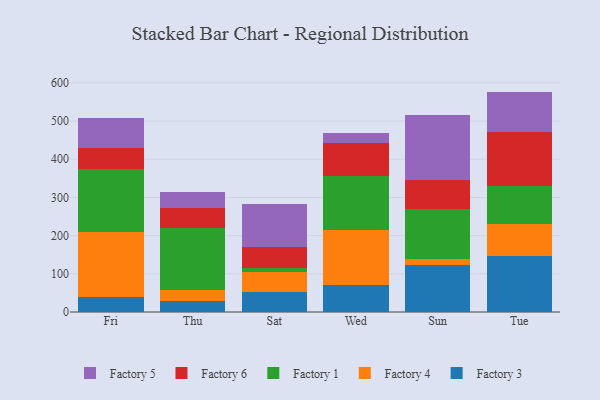
{"axis": {"x": "Day", "y": "Gross Profit (USD K)"}, "legend": ["Factory 1", "Factory 3", "Factory 4", "Factory 5", "Factory 6"], "data": [{"x": "Fri", "y": 40.2, "type": "Factory 3"}, {"x": "Fri", "y": 169.2, "type": "Factory 4"}, {"x": "Fri", "y": 166.1, "type": "Factory 1"}, {"x": "Fri", "y": 52.7, "type": "Factory 6"}, {"x": "Fri", "y": 80.2, "type": "Factory 5"}, {"x": "Thu", "y": 27.9, "type": "Factory 3"}, {"x": "Thu", "y": 29.3, "type": "Factory 4"}, {"x": "Thu", "y": 162.8, "type": "Factory 1"}, {"x": "Thu", "y": 53.5, "type": "Factory 6"}, {"x": "Thu", "y": 39.7, "type": "Factory 5"}, {"x": "Sat", "y": 52.2, "type": "Factory 3"}, {"x": "Sat", "y": 53.4, "type": "Factory 4"}, {"x": "Sat", "y": 8.6, "type": "Factory 1"}, {"x": "Sat", "y": 55.7, "type": "Factory 6"}, {"x": "Sat", "y": 114.1, "type": "Factory 5"}, {"x": "Wed", "y": 71.3, "type": "Factory 3"}, {"x": "Wed", "y": 142.6, "type": "Factory 4"}, {"x": "Wed", "y": 142.1, "type": "Factory 1"}, {"x": "Wed", "y": 87.7, "type": "Factory 6"}, {"x": "Wed", "y": 24.6, "type": "Factory 5"}, {"x": "Sun", "y": 123.3, "type": "Factory 3"}, {"x": "Sun", "y": 15.1, "type": "Factory 4"}, {"x": "Sun", "y": 131.5, "type": "Factory 1"}, {"x": "Sun", "y": 75.2, "type": "Factory 6"}, {"x": "Sun", "y": 171.4, "type": "Factory 5"}, {"x": "Tue", "y": 147.8, "type": "Factory 3"}, {"x": "Tue", "y": 82.6, "type": "Factory 4"}, {"x": "Tue", "y": 99.5, "type": "Factory 1"}, {"x": "Tue", "y": 140.8, "type": "Factory 6"}, {"x": "Tue", "y": 106.5, "type": "Factory 5"}]}